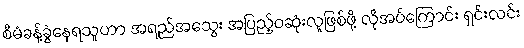
စီမံခန့်ခွဲနေရသူဟာ အရည်အသွေး အပြည့်ဝဆုံးလူဖြစ်ဖို့ လိုအပ်ကြောင်း ရှင်းလင်း